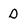
Character: d